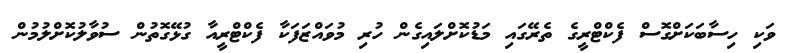
ވަކި ހިސާބަކަށްގޮސް ފެކްޓްރީގެ ތެރޭގައި މަޑުކޮށްލައިގެން ހުރި މުވައްޒަފަކާ ފެކްޓްރީއާ ގުޅޭގޮތުން ސުވާލުކޮށްލުމުން